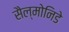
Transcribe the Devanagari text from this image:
सैल्मोनिडे